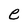
Character: e